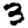
Digit: 3